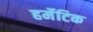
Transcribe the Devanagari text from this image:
हर्मेटिक